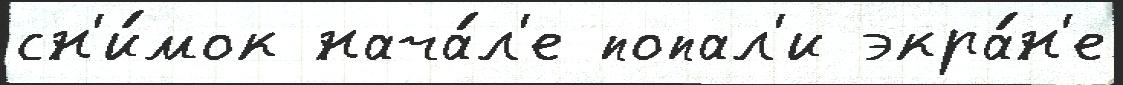
сн'и́мок нача́л'е попал'и экра́н'е